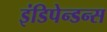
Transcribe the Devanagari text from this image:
इंडिपेन्डन्स